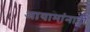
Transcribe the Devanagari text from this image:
आयामांनाही